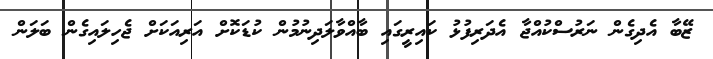
ޒޭބާ އެދިގެން ނަރުސްކުއްޖާ އެދަރިފުޅު ކައިރީގައި ބާއްވާލަދިނުމުން ކުޑަކޮށް އަރިއަކަށް ޖެހިލައިގެން ބަލަން